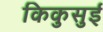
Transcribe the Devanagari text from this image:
किकुसुई